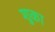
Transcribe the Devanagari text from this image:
शुका